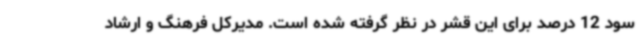
سود 12 درصد برای این قشر در نظر گرفته شده است. مدیرکل فرهنگ و ارشاد